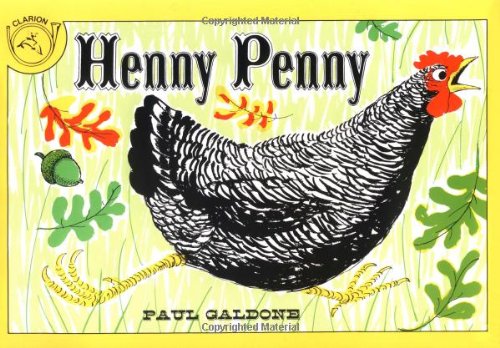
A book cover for Henny Penny (Paul Galdone Classics); Paul Galdone; Children's Books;